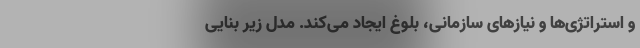
و استراتژی‌ها و نیازهای سازمانی، بلوغ ایجاد می‌کند. مدل زیر بنایی